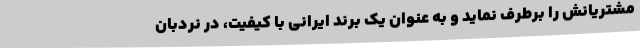
مشتریانش را برطرف نماید و به عنوان یک برند ایرانی با کیفیت، در نردبان